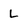
Character: L